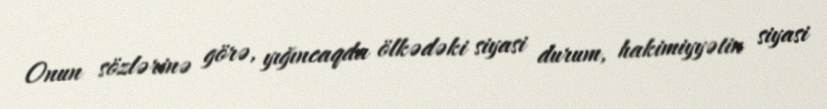
Onun sözlərinə görə, yığıncaqda ölkədəki siyasi durum, hakimiyyətin siyasi